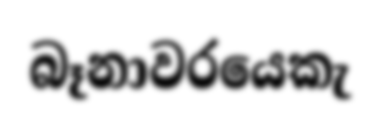
බෑනාවරයෙකැ